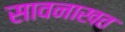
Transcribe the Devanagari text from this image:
सावनाखत